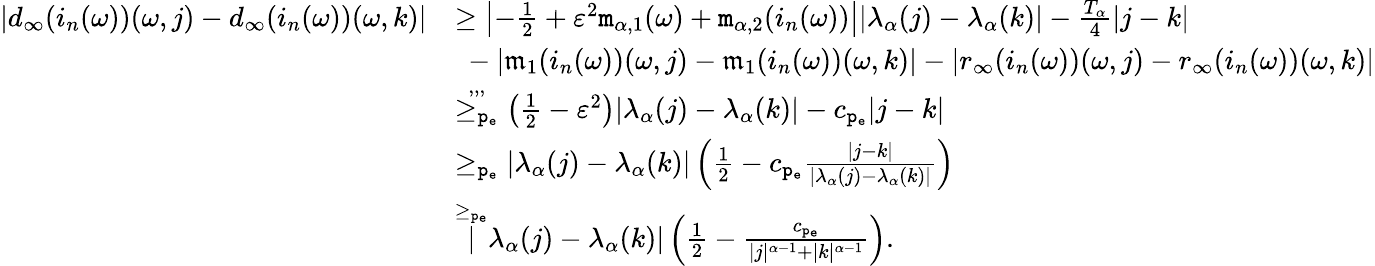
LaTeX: \begin{array}{rl}{|d_{\infty}(i_{n}(\omega))(\omega,j)-d_{\infty}(i_{n}(\omega))(\omega,k)|}&{\ge\left|-\frac{1}{2}+\varepsilon^{2}\mathtt{m}_{\alpha,1}(\omega)+\mathtt{m}_{\alpha,2}(i_{n}(\omega))\right||\lambda_{\alpha}(j)-\lambda_{\alpha}(k)|-\frac{T_{\alpha}}4|j-k|}\\ &{\ -|\mathfrak{m}_{1}(i_{n}(\omega))(\omega,j)-\mathfrak{m}_{1}(i_{n}(\omega))(\omega,k)|-|r_{\infty}(i_{n}(\omega))(\omega,j)-r_{\infty}(i_{n}(\omega))(\omega,k)|}\\ &{\overset{,,,}{\ge_{\mathtt{p_{e}}}}\left(\frac{1}{2}-\varepsilon^{2}\right)|\lambda_{\alpha}(j)-\lambda_{\alpha}(k)|-c_{\mathtt{p_{e}}}|j-k|}\\ &{\ge_{\mathtt{p_{e}}}|\lambda_{\alpha}(j)-\lambda_{\alpha}(k)|\left(\frac{1}{2}-c_{\mathtt{p_{e}}}\frac{|j-k|}{|\lambda_{\alpha}(j)-\lambda_{\alpha}(k)|}\right)}\\ &{\overset{\ge_{\mathtt{p_{e}}}}|\lambda_{\alpha}(j)-\lambda_{\alpha}(k)|\left(\frac{1}{2}-\frac{c_{\mathtt{p_{e}}}}{|j|^{\alpha-1}+|k|^{\alpha-1}}\right).}\end{array}